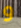
و